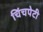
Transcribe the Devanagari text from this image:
चिंचपेटी